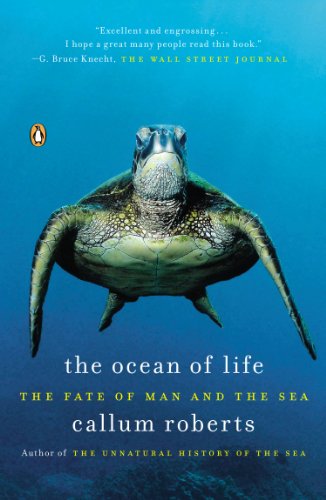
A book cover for The Ocean of Life: The Fate of Man and the Sea; Callum Roberts; Science & Math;